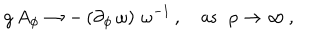
g \, A _ { \phi } \to - \, ( \partial _ { \phi } \, \omega ) \, \, \omega ^ { - 1 } \, , \quad \mathrm { a s } \; \; \rho \to \infty \, ,